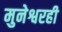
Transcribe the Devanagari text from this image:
मुनेश्वरही